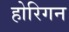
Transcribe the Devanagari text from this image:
होरिगन